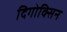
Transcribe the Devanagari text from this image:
दिगोक्सिन